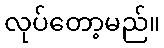
လုပ်တော့မည်။